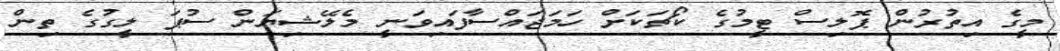
މީގެ އިތުރުން ޕޮލިސް ޓީމުގެ ކޯޗަކަށް ހަމަޖައްސާފައިވަނީ މެލޭޝިޔަން ސުޕަ ލީގުގެ ތިން